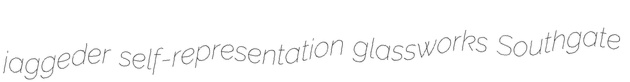
jaggeder self-representation glassworks Southgate